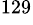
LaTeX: ^{129}